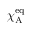
\chi _ { \mathrm { A } } ^ { \mathrm { e q } }